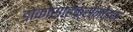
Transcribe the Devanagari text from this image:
डोकोसाहेक्सेनोइक